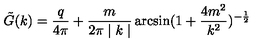
{ \tilde { G } } ( k ) = \frac { q } { 4 \pi } + \frac { m } { 2 \pi \mid k \mid } \arcsin ( 1 + \frac { 4 m ^ { 2 } } { k ^ { 2 } } ) ^ { - \frac { 1 } { 2 } }